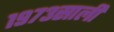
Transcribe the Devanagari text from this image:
१९७३साली